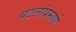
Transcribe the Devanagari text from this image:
पटलांप्रमाणे